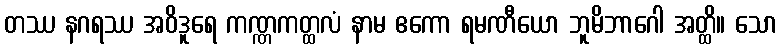
တဿ နဂရဿ အဝိဒူရေ ကဏ္ဏကတ္ထလံ နာမ ဧကော ရမဏီယော ဘူမိဘာဂေါ အတ္ထိ။ သော